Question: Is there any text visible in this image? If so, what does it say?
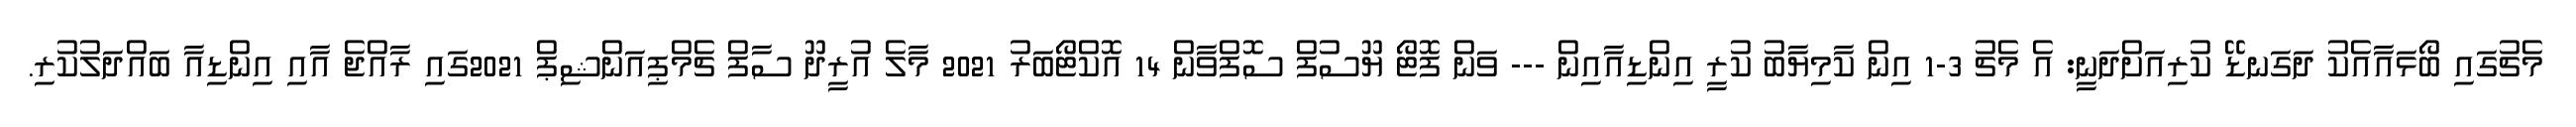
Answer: މެޗުގައި ބޯޅައާއެކު ދަގަނޑޭ ކުރިއަށްދަނީ: އެ މެޗު 3-1 އިން ކާމިޔާބު ކުރީ އިންޑިއާއިން --- ވަން ފޮޓޯ ޔޫސުފް ސޮފްވާން 14 އޮކްޓޯބަރު 2021 މާލެ އުރީދޫ ސާފް ޗެމްޕިއަންޝިޕް 2021ގައި ރާއްޖެ އާއި އިންޑިއާ ބައްދަލުކުރި.